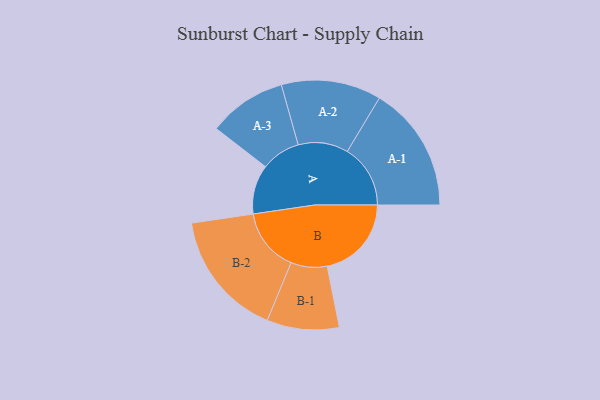
{"axis": {"x": "Segment", "y": "Value"}, "legend": ["", "A", "B"], "data": [{"x": "A", "y": 210, "type": ""}, {"x": "B", "y": 359, "type": ""}, {"x": "A-1", "y": 269, "type": "A"}, {"x": "A-2", "y": 213, "type": "A"}, {"x": "A-3", "y": 167, "type": "A"}, {"x": "B-1", "y": 154, "type": "B"}, {"x": "B-2", "y": 270, "type": "B"}]}